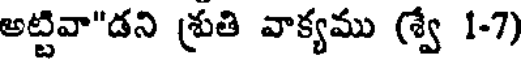
అట్టివా"డని శ్రుతి వాక్యము (శ్వే 1-7)